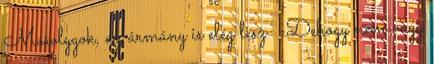
Mosolygok, az ármány is elég lesz. -Dehogy nem vagy